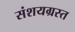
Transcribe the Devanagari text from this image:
संशयग्रस्त